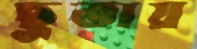
ছুতায়